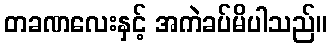
တခဏလေးနှင့် အကဲခပ်မိပါသည်။